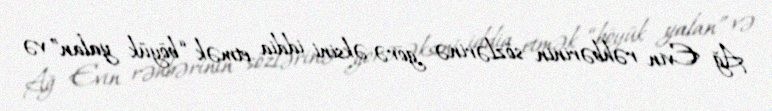
Ağ Evin rəhbərinin sözlərinə görə əksini iddia etmək “böyük yalan” və